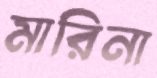
মারিনা